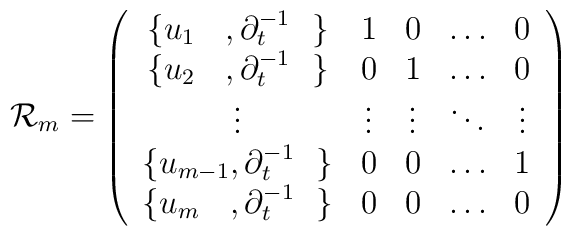
{\cal R}_m = \left(\begin{array}{ccccc}\{u_{1{\phantom{-1}}},\partial_t^{-1}~~\}     &    1   & 0  & \ldots & 0\\\{u_{2{\phantom{-1}}},\partial_t^{-1}~~\}     &    0   & 1  & \ldots & 0\\\vdots                              & \vdots & \vdots  & \ddots & \vdots \\\{u_{m-1},\partial_t^{-1}~~\} &    0   & 0       & \ldots & 1      \\\{u_{m{\phantom{-1}}},\partial_t^{-1}~~\}     &    0   & 0  & \ldots & 0\end{array}\right)